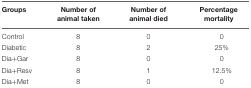
| Groups | Number of animal taken | Number of animal died | Percentage mortality |
 | --- | --- | --- | --- |
 | Control | 8 | 0 | 0 |
 | Diabetic | 8 | 2 | 25% |
 | Dia+Gar | 8 | 0 | 0 |
 | Dia+Resv | 8 | 1 | 12.5% |
 | Dia+Met | 8 | 0 | 0 |